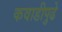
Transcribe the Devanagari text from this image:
कवाडीपुढे